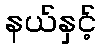
နယ်နှင့်